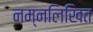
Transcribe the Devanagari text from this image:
नम्नलिखित